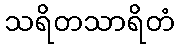
သရိတသာရိတံ